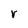
Character: r